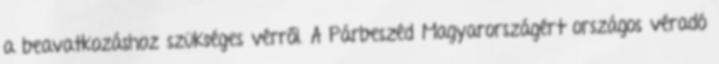
a beavatkozáshoz szükséges vérről. A Párbeszéd Magyarországért országos véradó